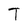
Character: T